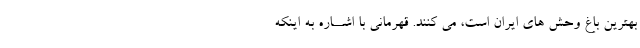
بهترین باغ وحش هاى ایران است، مى کنند. قهرمانى با اشــاره به اینکه